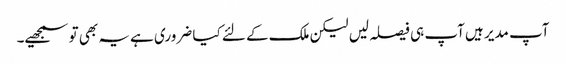
آپ مدیر ہیں آپ ہی فیصلہ لیں لیکن ملک کے لئے کیا ضروری ہے یہ بھی تو سمجھیے۔